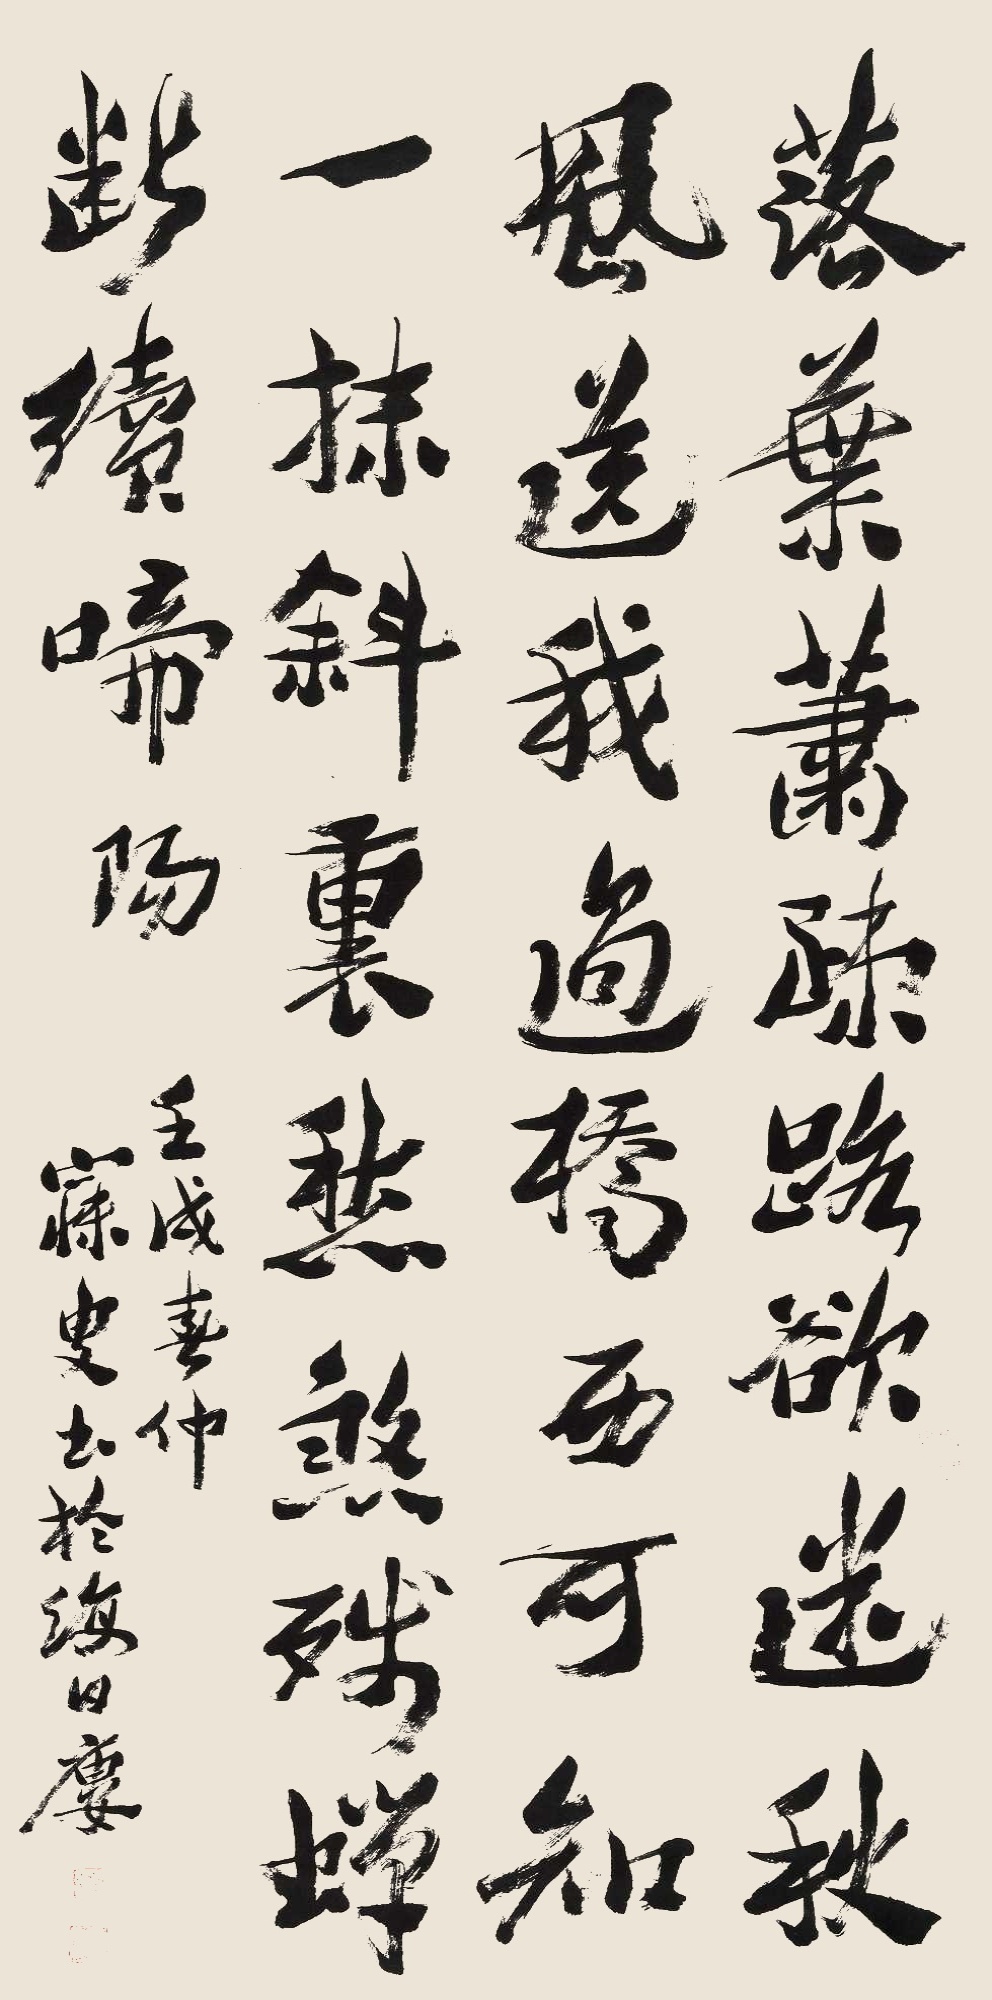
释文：落叶萧疏路欲迷，秋风送我过桥西。可知一抹斜里愁，煞残蝉断续啼阳。壬戌春仲，寐叟书于海日楼。